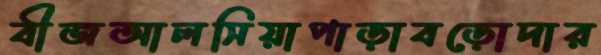
বীজআলসিয়াপাড়াবড়োদার